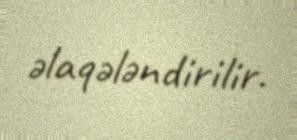
əlaqələndirilir.